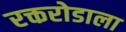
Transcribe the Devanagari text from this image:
रक्तरोडाला